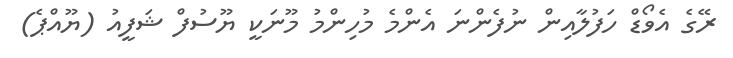
ރޭގެ އެވޯޑް ހަފުލާއިން ނުފެންނަ އެންމެ މުހިންމު މޫނަކީ ޔޫސުފް ޝަފީއު (ޔޫއްޕެ)